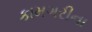
કામગરીના